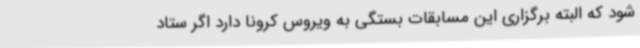
شود که البته برگزاری این مسابقات بستگی به ویروس کرونا دارد اگر ستاد